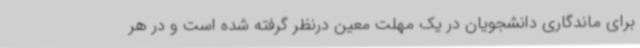
برای ماندگاری دانشجویان در یک مهلت معین درنظر گرفته شده است و در هر